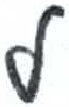
אות: ל